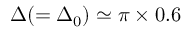
\Delta ( = \Delta _ { 0 } ) \simeq \pi \times 0 . 6